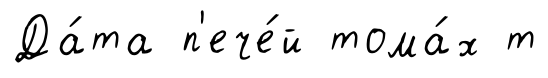
Да́та п'ече́й тома́х т